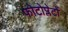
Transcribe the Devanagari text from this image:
फोटोप्लेटों